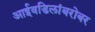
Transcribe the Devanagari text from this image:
आईवडिलांबरोबर